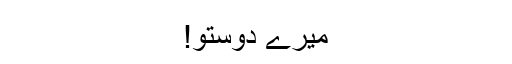
میرے دوستو!